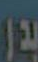
بدر